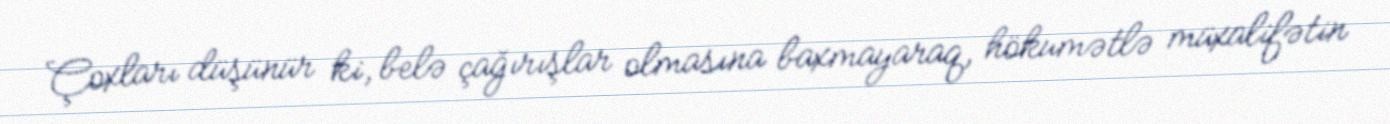
Çoxları düşünür ki, belə çağırışlar olmasına baxmayaraq, hökumətlə müxalifətin